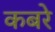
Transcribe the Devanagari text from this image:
कबरे